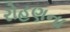
રોહણના